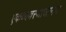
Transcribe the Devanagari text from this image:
एकव्यवस्थाजनित